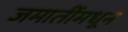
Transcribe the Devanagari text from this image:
जमातींमधून